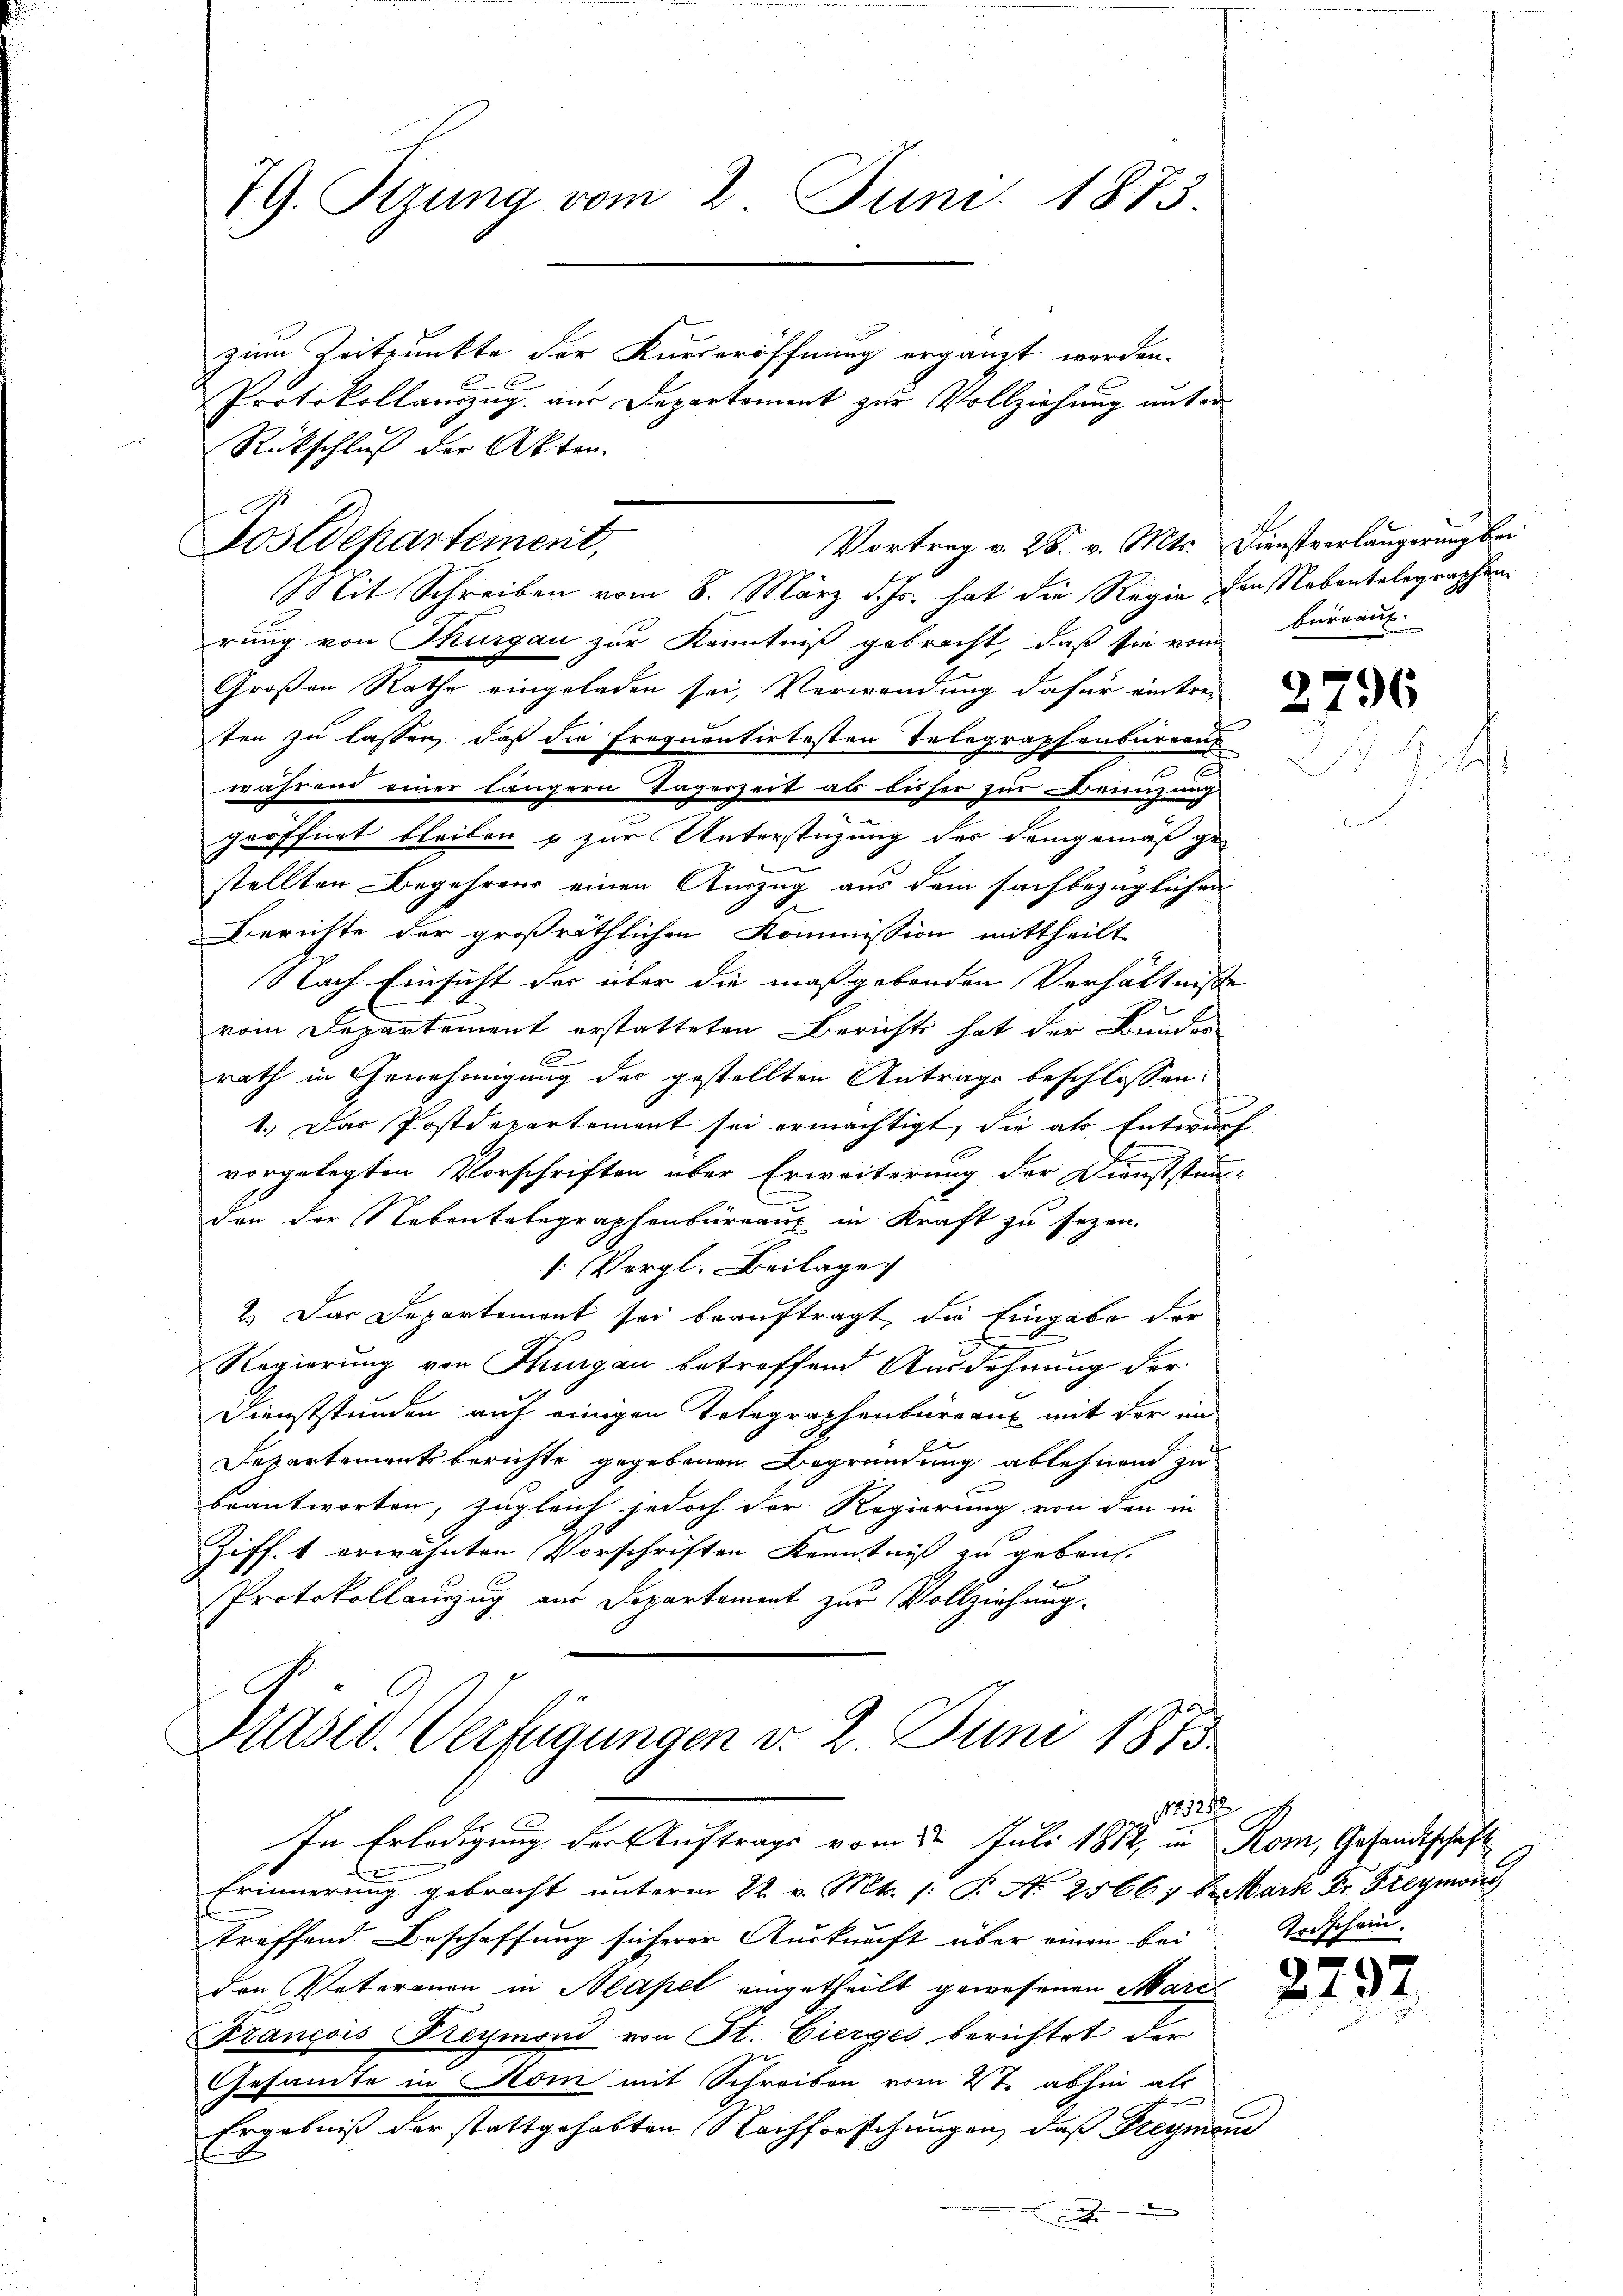
79. Sizung vom 2. Juni 1873.
zum Zeitpunkte der Kurseröffnung ergänzt worden.
E
Protokollauszug aus Departement zur Vollziehung unter¬

G.
Postdepartement,

Rückschluß der Akten
rung von Thurgau zur Kenntniß gebracht, daß sie vom bureaus
Großen Rathe eingeladen sei, Verwendung dafür eintre-
ten zu lassen, daß die frequentirtesten Telegraphenburgens
2
während einer längern Tagerzeit als bisher zur Benzung
gröffnet bleiben & zur Unterstüzung des Demgemäß ge¬

stellten Begehrens einen Auszug aus dem sachbezüglichen
Berichte der großräthlichen Kommission mittheilt
Nach Einsicht der über die maßgebenden Verhältnisse
vom Departement erstatteten Berichts hat der Bunder
6
rath in Genehmigung des gestellten Antrags beschlossen:
1.) Das Postdepartement sei ermächtigt, die als Entwurf
vorgelegten Vorschriften über Erweiterung der Dienststän-
den der Nebentelegraphenbüreaux in Kraft zu sezen.
: Vergl. Beilage
2.) Das Departemont sei beauftragt, die Eingabe der
c
Regierung von Thurgau betreffend Ausdehnung der
Dienststunden auf einigen Telegraphenbureaux mit der in
Departementsberichte gegebenen Begründung ablehnend zu
beantworten, zugleich jedoch der Regierung von den in
Ziff. 1 erwähnten Vorschriften Kenntniß zu gebrach¬
Protokollauszug aus Departement zur Vollziehung.

Vortrag v. 28. v. Mts. Dienstverlängerung bei
Mit Schreiben vom 8. März d. Js. hat die Regie den Nebentelegraphen

Präsid. Verfügungen d. 2. Juni 1875
1127
In Erledigung der Auftrags vom 2. Juli 1872, in Rom, Gesandtschaft

2

Erinnerung gebracht unterm 22. v. Mts. (: P. No 2566; b. Mark Fr. Freymon
treffend Beschaffung sicherer Auskunft über einen bei Todscheinden Peteronen in Mapel eingetheilt gewesenen Marc
Francois Freymond von St. Gierges berichtet der
Gesandte in Rom mit Schreiben vom 2te abhin als
Ergebniß der stattgehabten Nachforschungen, daß Freymane
.

2796

2792.